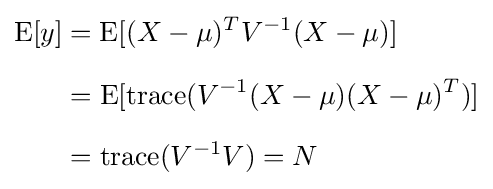
{\begin{aligned}\operatorname {E} [y]&=\operatorname {E} [(X-\mu )^{T}V^{-1}(X-\mu )]\\[6pt]&=\operatorname {E} [\operatorname {trace} (V^{-1}(X-\mu )(X-\mu )^{T})]\\[6pt]&=\operatorname {trace} (V^{-1}V)=N\end{aligned}}